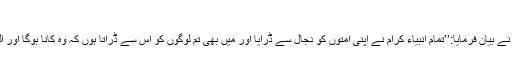
81، صحیح مسلم8؍193)
ام المومنین سلمہ رضی اللہ عنہا سے مروی ہے کہ رسول اکرم صلی اللہ علیہ وسلم نے بیان فرمایا:’’تمام انبیاء کرام نے اپنی امتوں کو دجال سے ڈرایا اور میں بھی تم لوگوں کو اس سے ڈراتا ہوں کہ وہ کانا ہوگا اور اللہ کانا نہیں، وہ زمین میں چلے گا جبکہ زمین اور آسمان دونوں اللہ کی ملکیت ہیں۔